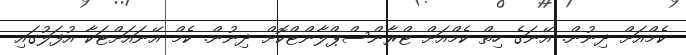
ކެމްއަށް ދިނުން. އޭނަގެ ހިތް ކެމްއަށް ޓްރާންސްޕްލާންޓްކޮށް ދިނުން. ކެމް އޭނައަށްޓަކާ އުފަލުގައި